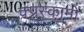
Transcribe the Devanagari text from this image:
क्प्रस्कामों